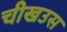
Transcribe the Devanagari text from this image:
चीखउस